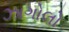
ઝાગોલો